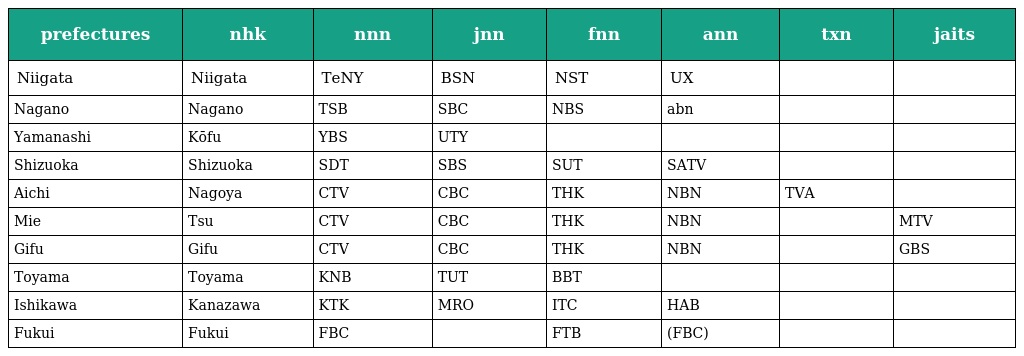
| prefectures | nhk | nnn | jnn | fnn | ann | txn | jaits |
 | --- | --- | --- | --- | --- | --- | --- | --- |
 | Niigata | Niigata | TeNY | BSN | NST | UX |  |  |
 | Nagano | Nagano | TSB | SBC | NBS | abn |  |  |
 | Yamanashi | Kōfu | YBS | UTY |  |  |  |  |
 | Shizuoka | Shizuoka | SDT | SBS | SUT | SATV |  |  |
 | Aichi | Nagoya | CTV | CBC | THK | NBN | TVA |  |
 | Mie | Tsu | CTV | CBC | THK | NBN |  | MTV |
 | Gifu | Gifu | CTV | CBC | THK | NBN |  | GBS |
 | Toyama | Toyama | KNB | TUT | BBT |  |  |  |
 | Ishikawa | Kanazawa | KTK | MRO | ITC | HAB |  |  |
 | Fukui | Fukui | FBC |  | FTB | (FBC) |  |  |